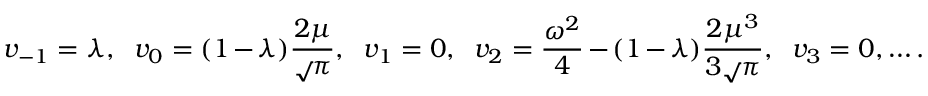
v _ { - 1 } = \lambda , \; \; v _ { 0 } = ( 1 - \lambda ) \frac { 2 \mu } { \sqrt Ḋ \pi Ḍ } , \; \; v _ { 1 } = 0 , \; \; v _ { 2 } = \frac { \omega ^ { 2 } } { 4 } - ( 1 - \lambda ) \frac { 2 \mu ^ { 3 } } { 3 \sqrt Ḋ \pi Ḍ } , \; \; v _ { 3 } = 0 , \ldots .